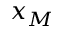
x _ { M }